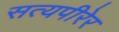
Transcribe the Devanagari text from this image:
सत्यपीरेर